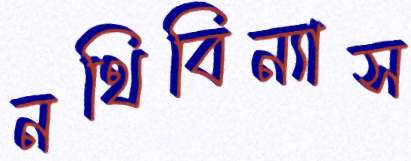
নথিবিন্যাস